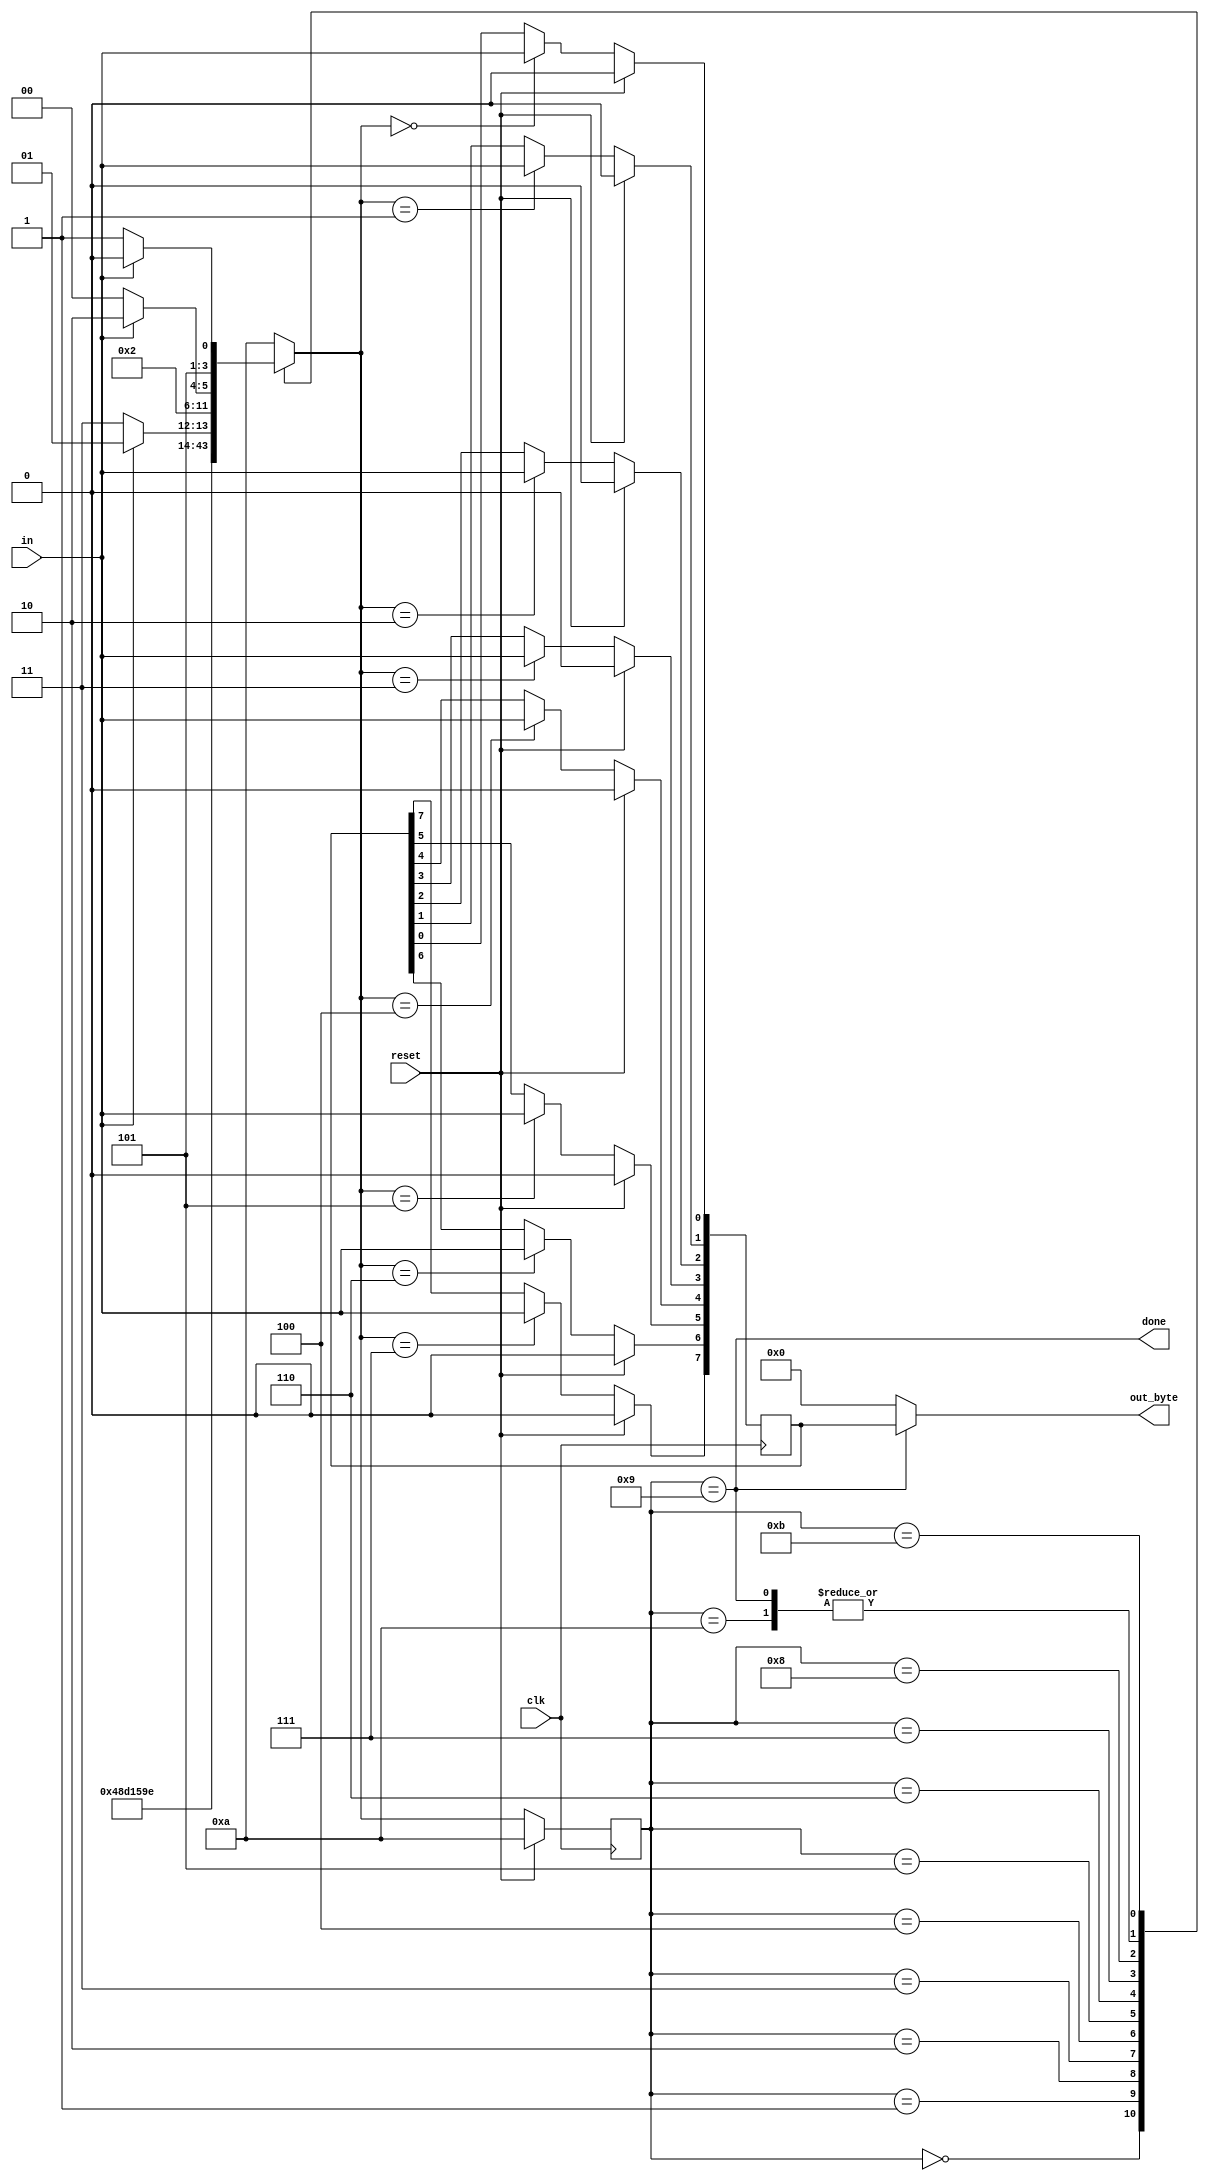
module serial_receiver(
    input clk,
    input in,
    input reset,    // Synchronous reset
    output [7:0] out_byte,
    output done
); 

  // Current and next state registers
  reg [3:0] state, next_state;

  // Define state parameters
  parameter BIT0  = 4'd0, 
            BIT1  = 4'd1,
            BIT2  = 4'd2,
            BIT3  = 4'd3,
            BIT4  = 4'd4,
            BIT5  = 4'd5,
            BIT6  = 4'd6,
            BIT7  = 4'd7,
            START = 4'd8,
            STOP  = 4'd9, 
            IDLE  = 4'd10, 
            ERROR = 4'd11;

  // State transition logic
  // Serial protocol LSB  .
  always @(*) begin
    case(state)
      BIT0 : next_state = BIT1;
      BIT1 : next_state = BIT2;
      BIT2 : next_state = BIT3;
      BIT3 : next_state = BIT4;
      BIT4 : next_state = BIT5;
      BIT5 : next_state = BIT6;
      BIT6 : next_state = BIT7;
      BIT7 : next_state = in? STOP : ERROR;
      START: next_state = BIT0;
      STOP : next_state = in? IDLE : START;
      IDLE : next_state = in? IDLE : START;
      ERROR: next_state = in? IDLE : ERROR;
      default: next_state = IDLE;
    endcase
  end
  
  // State flip-flops 
  always @(posedge clk) begin
    if(reset) begin
      state <= IDLE;
    end else begin
      state <= next_state;
    end
  end
  
  // Output logic
  assign done = (state == STOP);
  reg [7:0] out_byte_ff;

  always @(posedge clk) begin
    if(reset) begin
      out_byte_ff <= 8'b0;
    end else begin
      case(next_state)
        BIT0: out_byte_ff[0] <= in;
        BIT1: out_byte_ff[1] <= in;
        BIT2: out_byte_ff[2] <= in;
        BIT3: out_byte_ff[3] <= in;
        BIT4: out_byte_ff[4] <= in;
        BIT5: out_byte_ff[5] <= in;
        BIT6: out_byte_ff[6] <= in;
        BIT7: out_byte_ff[7] <= in;
        default: out_byte_ff <= out_byte_ff;
      endcase
    end
  end

  assign out_byte = (state == STOP)? out_byte_ff : 8'b0;

endmodule